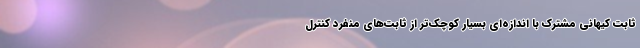
ثابت کیهانی مشترک با اندازه‌ای بسیار کوچک‌تر از ثابت‌های منفرد کنترل